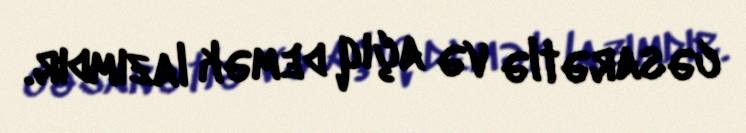
cəsarətlə və açıq demək lazımdır.